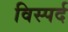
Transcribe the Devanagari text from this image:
विस्पर्द